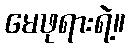
မေဖုရားရဲ့။